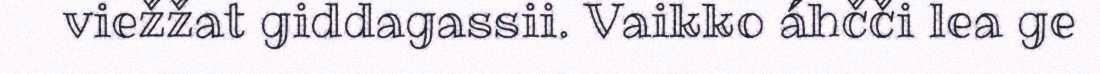
viežžat giddagassii. Vaikko áhčči lea ge